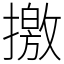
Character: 撽